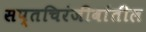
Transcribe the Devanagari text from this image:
सप्तचिरंजीवांतील